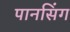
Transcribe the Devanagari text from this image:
पानसिंग